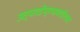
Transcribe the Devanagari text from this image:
उत्पादोंप्रभावशीलता